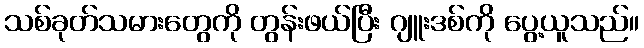
သစ်ခုတ်သမားတွေကို တွန်းဖယ်ပြီး ဂျူးဒစ်ကို ပွေ့ယူသည်။